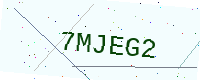
Text: 7MJEG2